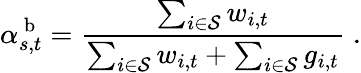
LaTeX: \alpha_{s,t}^{\mathrm{~b~}}=\frac{\sum_{i\in\mathcal{S}}w_{i,t}}{\sum_{i\in\mathcal{S}}w_{i,t}+\sum_{i\in\mathcal{S}}g_{i,t}}\; .